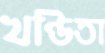
খণ্ডিতা